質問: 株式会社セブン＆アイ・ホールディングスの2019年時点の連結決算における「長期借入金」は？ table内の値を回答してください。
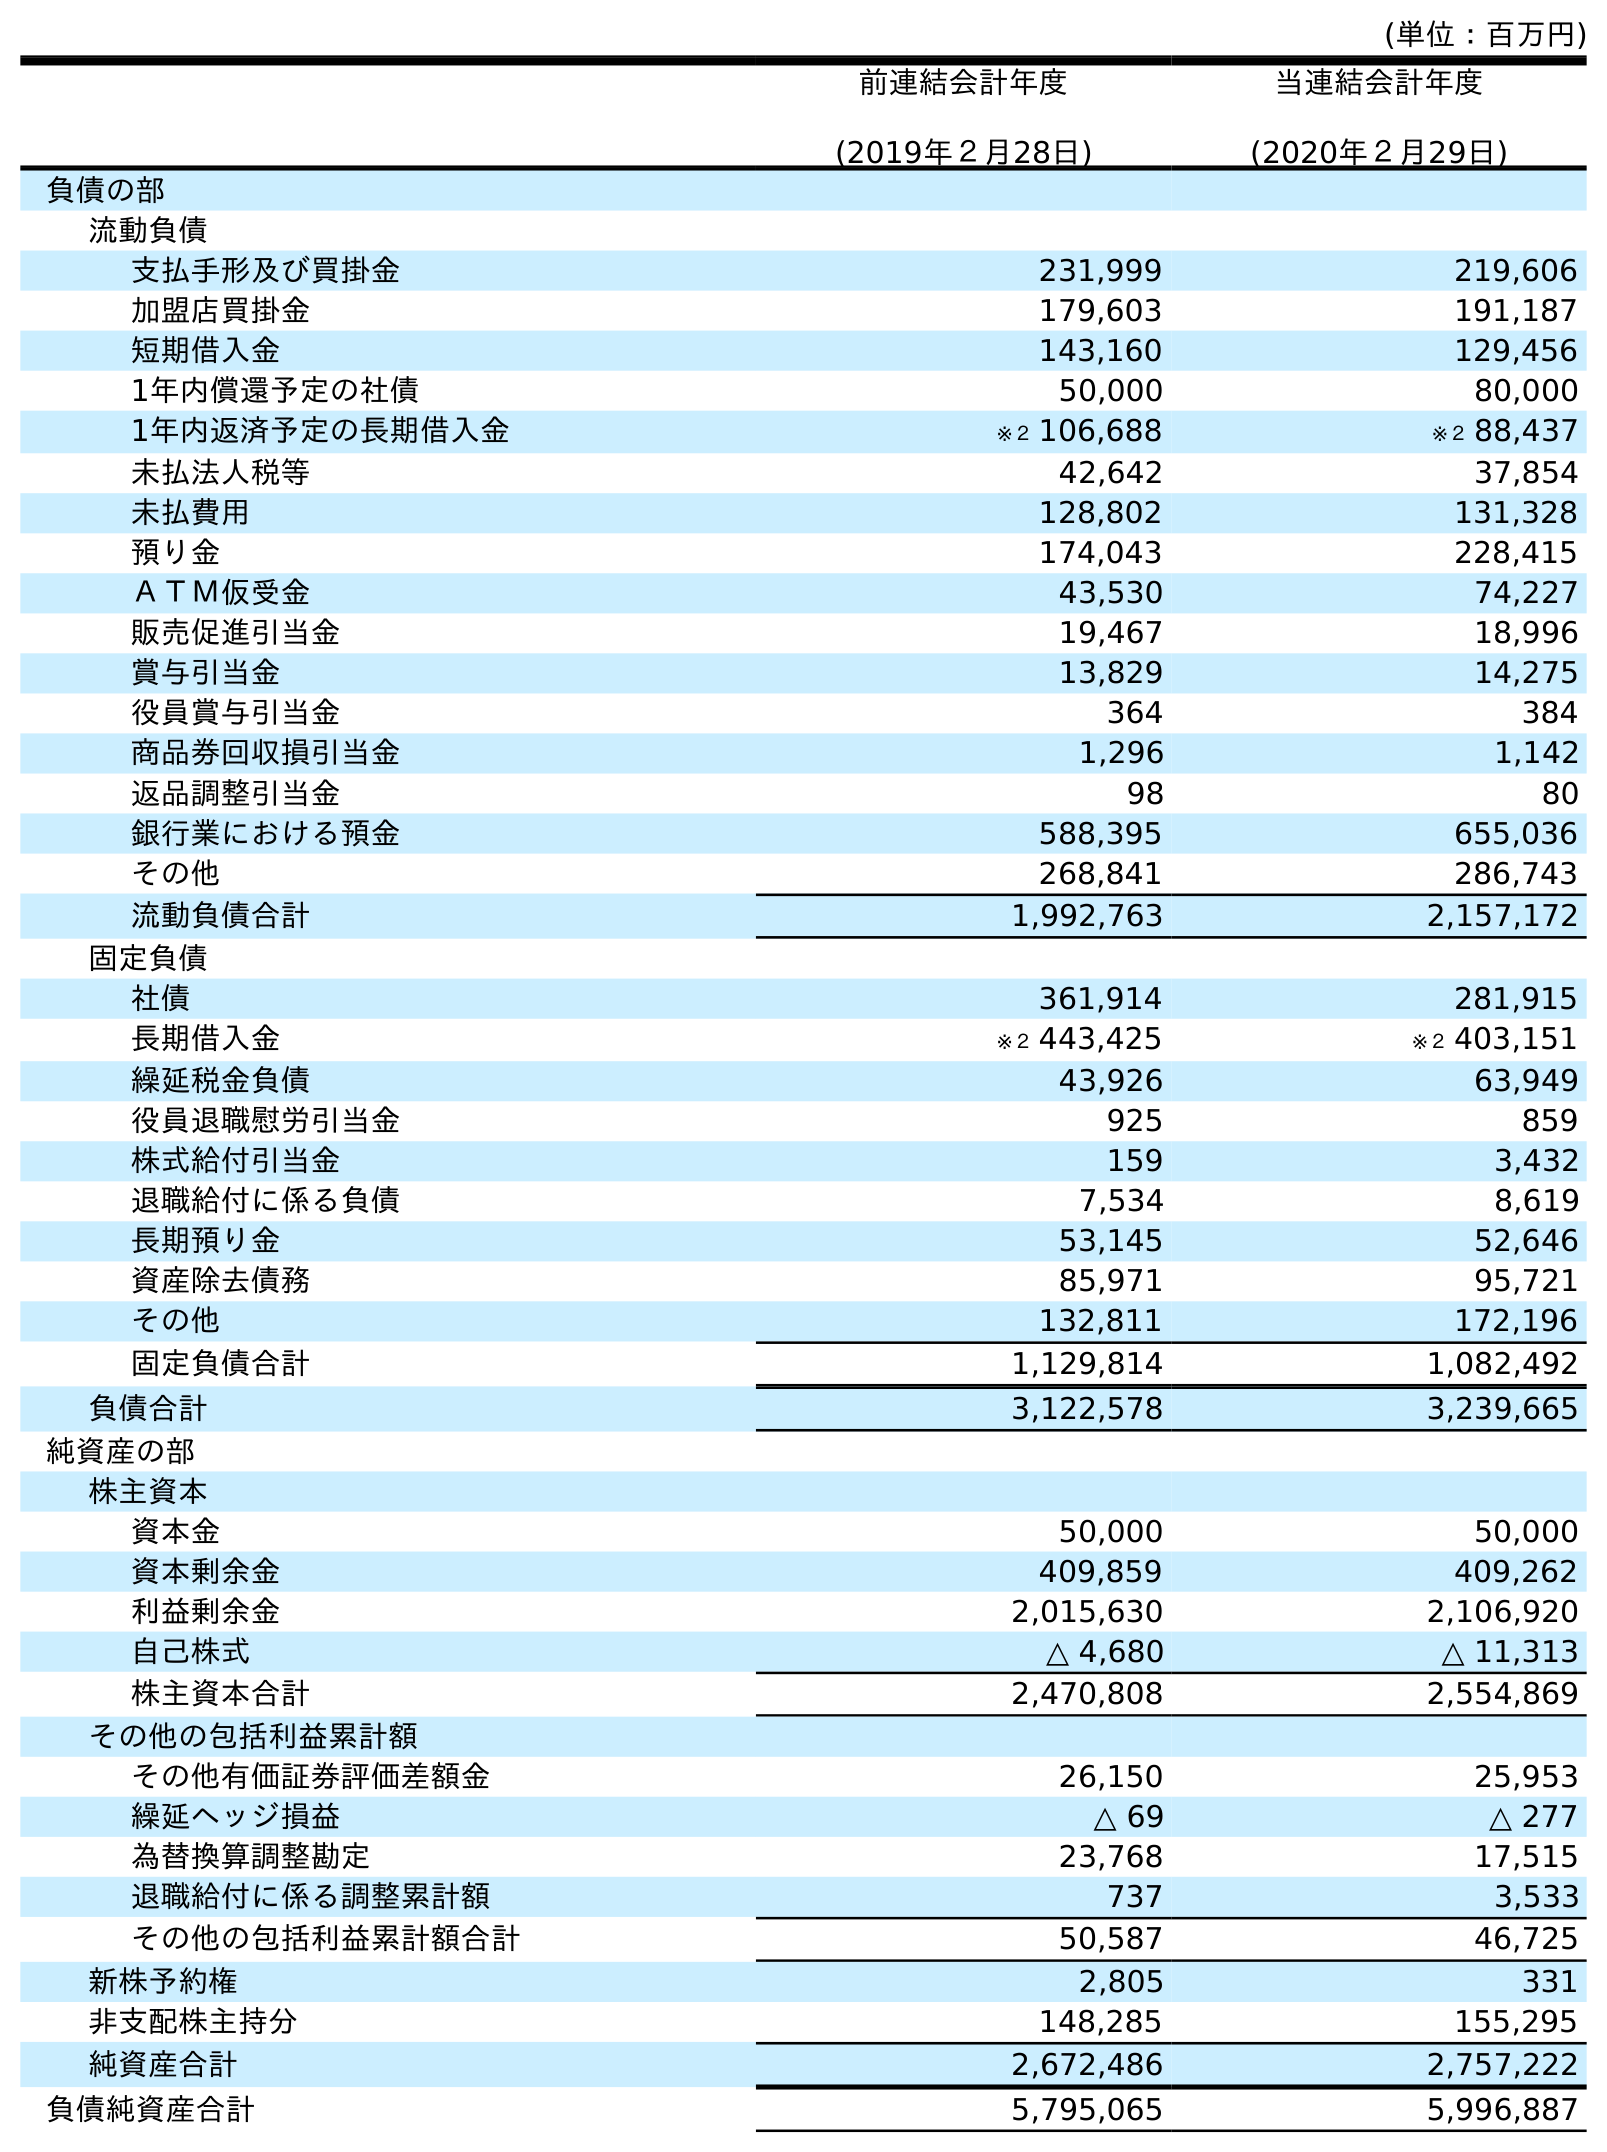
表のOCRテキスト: (単位：百万円) 前連結会計年度 (2019年２月28日) 当連結会計年度 (2020年２月29日) 負債の部 流動負債 支払手形及び買掛金 231,999 219,606 加盟店買掛金 179,603 191,187 短期借入金 143,160 129,456 1年内償還予定の社債 50,000 80,000 1年内返済予定の長期借入金 ※２ 106,688 ※２ 88,437 未払法人税等 42,642 37,854 未払費用 128,802 131,328 預り金 174,043 228,415 ＡＴＭ仮受金 43,530 74,227 販売促進引当金 19,467 18,996 賞与引当金 13,829 14,275 役員賞与引当金 364 384 商品券回収損引当金 1,296 1,142 返品調整引当金 98 80 銀行業における預金 588,395 655,036 その他 268,841 286,743 流動負債合計 1,992,763 2,157,172 固定負債 社債 361,914 281,915 長期借入金 ※２ 443,425 ※２ 403,151 繰延税金負債 43,926 63,949 役員退職慰労引当金 925 859 株式給付引当金 159 3,432 退職給付に係る負債 7,534 8,619 長期預り金 53,145 52,646 資産除去債務 85,971 95,721 その他 132,811 172,196 固定負債合計 1,129,814 1,082,492 負債合計 3,122,578 3,239,665 純資産の部 株主資本 資本金 50,000 50,000 資本剰余金 409,859 409,262 利益剰余金 2,015,630 2,106,920 自己株式 △ 4,680 △ 11,313 株主資本合計 2,470,808 2,554,869 その他の包括利益累計額 その他有価証券評価差額金 26,150 25,953 繰延ヘッジ損益 △ 69 △ 277 為替換算調整勘定 23,768 17,515 退職給付に係る調整累計額 737 3,533 その他の包括利益累計額合計 50,587 46,725 新株予約権 2,805 331 非支配株主持分 148,285 155,295 純資産合計 2,672,486 2,757,222 負債純資産合計 5,795,065 5,996,887
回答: ※２443,425